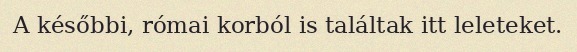
A későbbi, római korból is találtak itt leleteket.